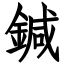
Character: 鍼